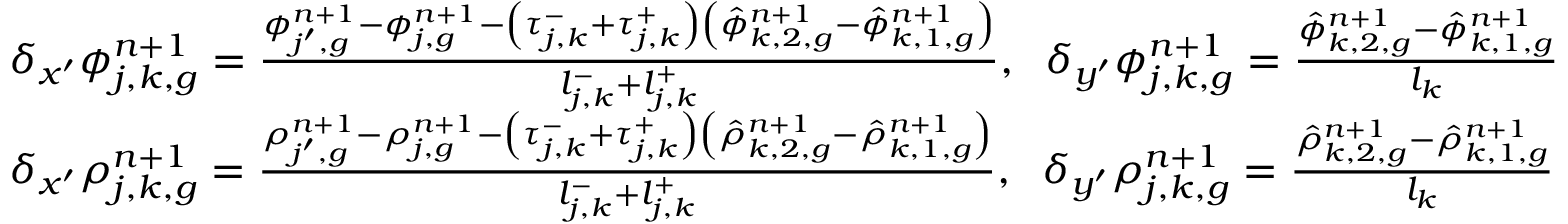
\begin{array} { l } { { \delta _ { x ^ { \prime } } \phi _ { j , k , g } ^ { n + 1 } = \frac { \phi _ { j ^ { \prime } , g } ^ { n + 1 } - \phi _ { j , g } ^ { n + 1 } - \left( \tau _ { j , k } ^ { - } + \tau _ { j , k } ^ { + } \right) \left( \hat { \phi } _ { k , 2 , g } ^ { n + 1 } - \hat { \phi } _ { k , 1 , g } ^ { n + 1 } \right) } { l _ { j , k } ^ { - } + l _ { j , k } ^ { + } } , \; \; \delta _ { y ^ { \prime } } \phi _ { j , k , g } ^ { n + 1 } = \frac { \hat { \phi } _ { k , 2 , g } ^ { n + 1 } - \hat { \phi } _ { k , 1 , g } ^ { n + 1 } } { l _ { k } } } } \\ { { \delta _ { x ^ { \prime } } \rho _ { j , k , g } ^ { n + 1 } = \frac { \rho _ { j ^ { \prime } , g } ^ { n + 1 } - \rho _ { j , g } ^ { n + 1 } - \left( \tau _ { j , k } ^ { - } + \tau _ { j , k } ^ { + } \right) \left( \hat { \rho } _ { k , 2 , g } ^ { n + 1 } - \hat { \rho } _ { k , 1 , g } ^ { n + 1 } \right) } { l _ { j , k } ^ { - } + l _ { j , k } ^ { + } } , \; \; \delta _ { y ^ { \prime } } \rho _ { j , k , g } ^ { n + 1 } = \frac { \hat { \rho } _ { k , 2 , g } ^ { n + 1 } - \hat { \rho } _ { k , 1 , g } ^ { n + 1 } } { l _ { k } } } } \end{array}